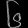
Digit: ၆